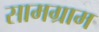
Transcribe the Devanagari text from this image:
सामग्राम